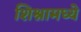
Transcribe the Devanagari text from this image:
शिश्नामध्ये